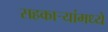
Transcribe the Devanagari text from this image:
सहकाऱ्यांमध्ये